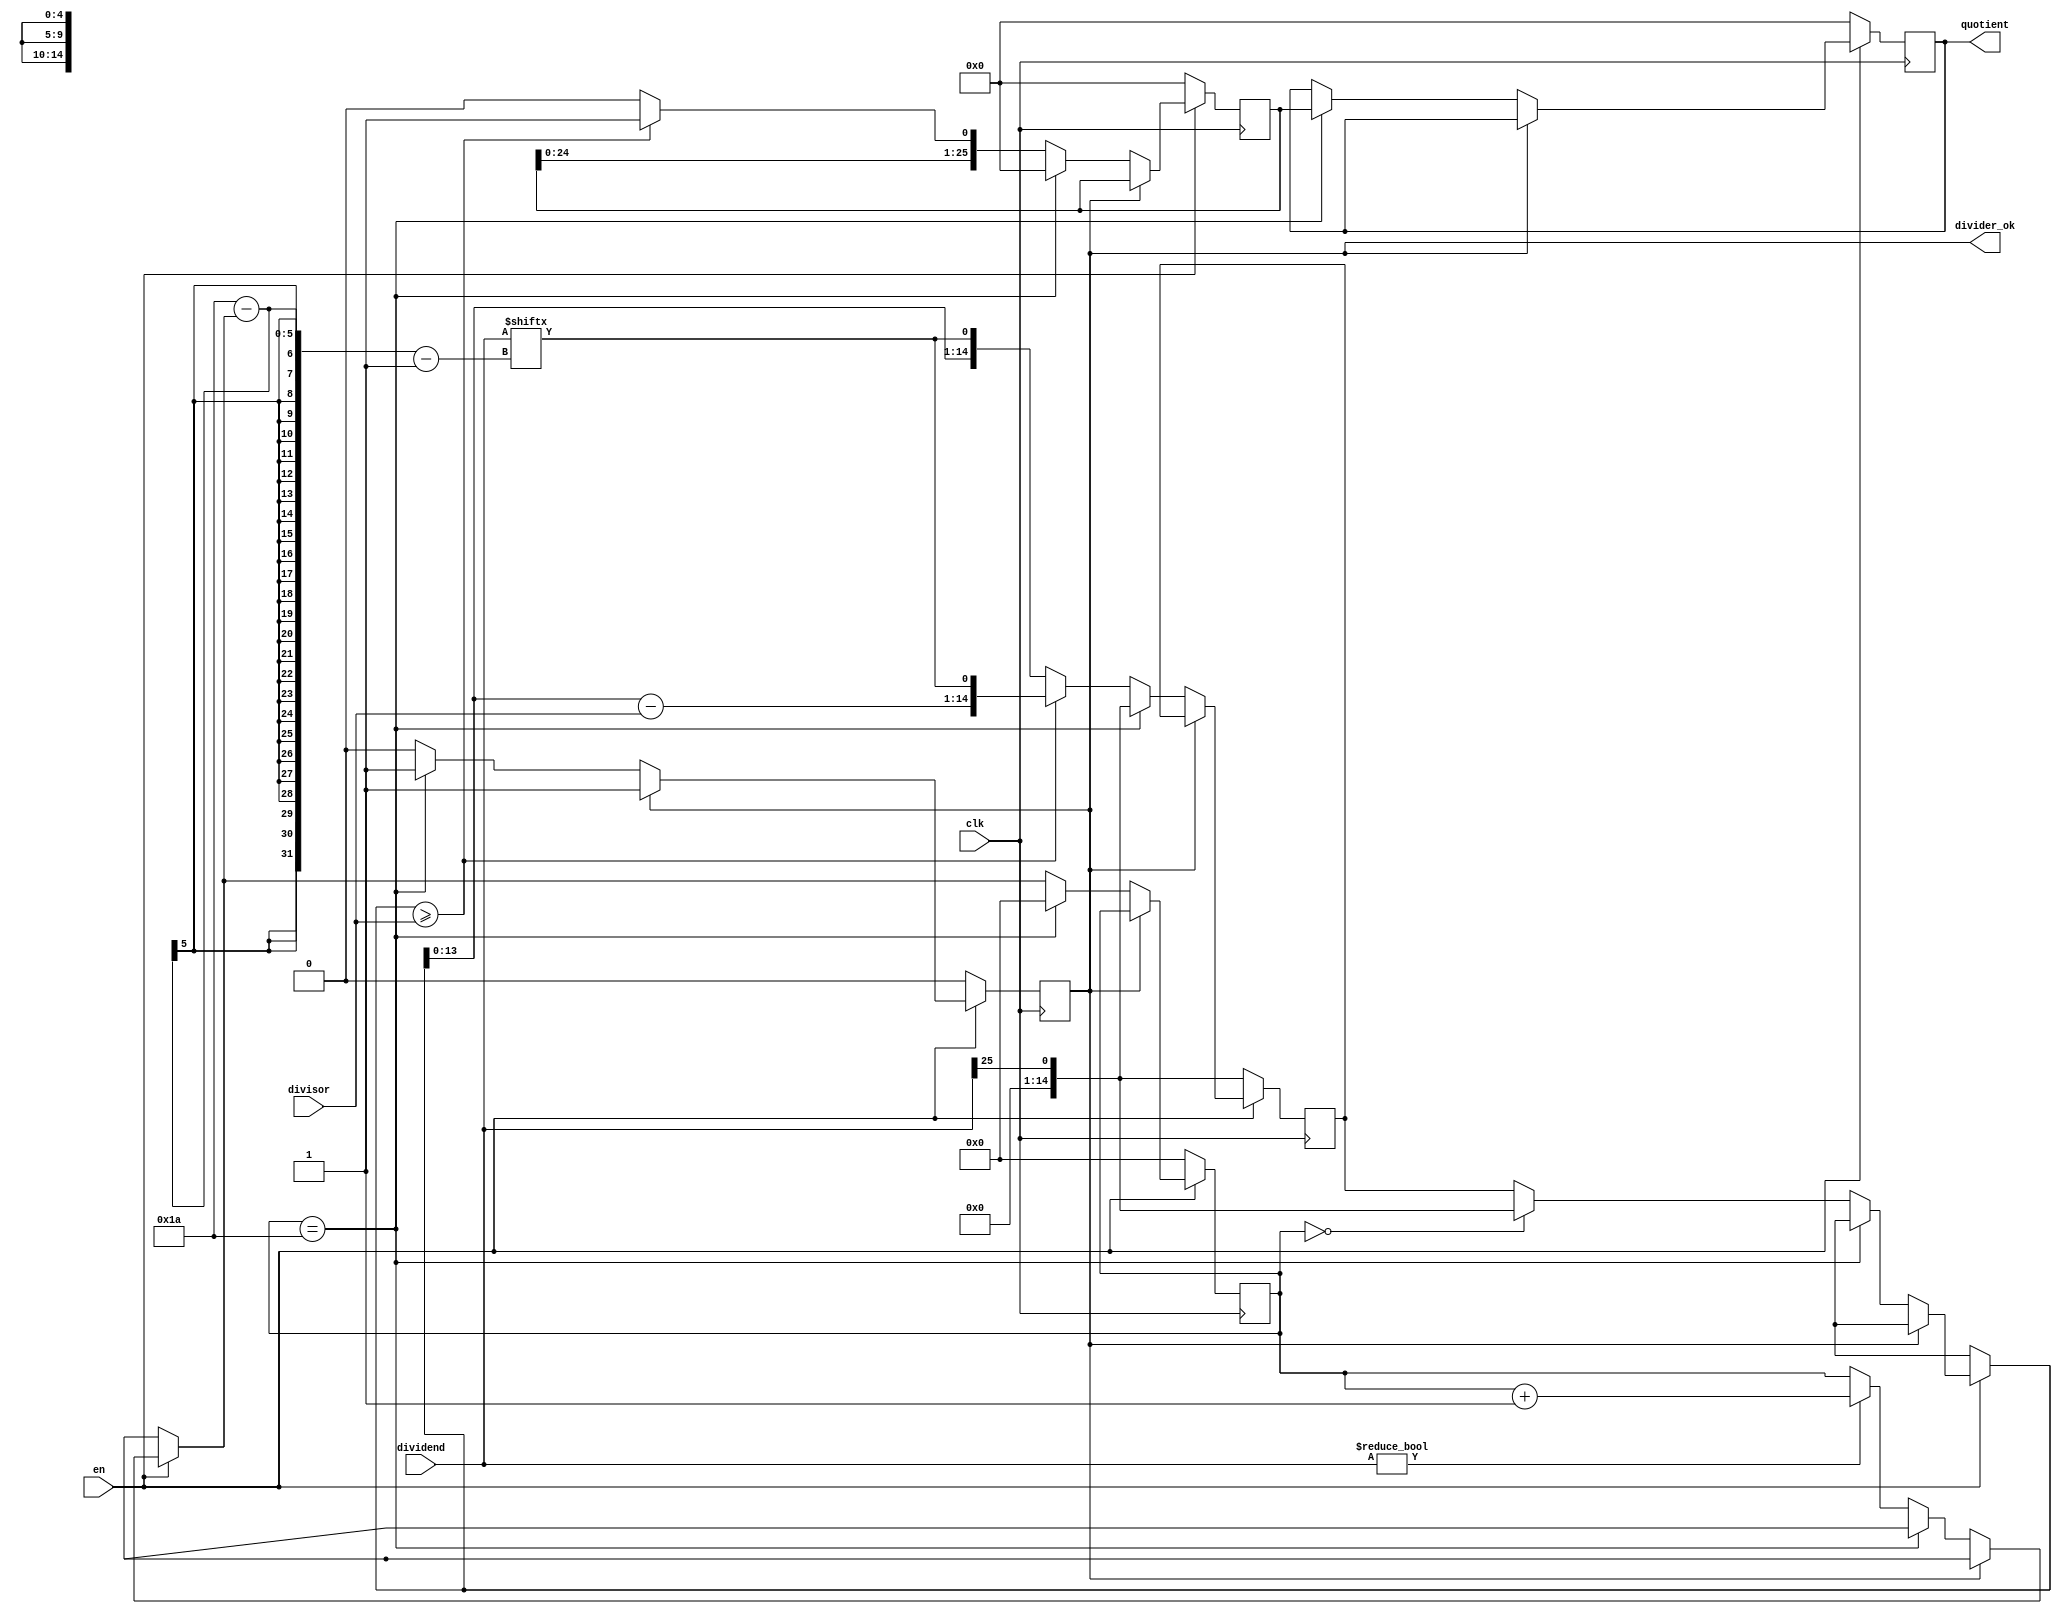
module divider(
    clk,
    en,
    dividend,
    divisor,

    quotient,
    divider_ok
);

parameter M = 26; // bit number of dividend
parameter N = 14; // bit number of divisor

input clk, en;
input [M - 1:0] dividend;
input [N - 1:0] divisor;

output reg [M - 1:0] quotient;
output reg divider_ok;

reg [N:0] dividend_t;
reg [M - 1:0] quotient_t;

reg [4:0] count;

always @(posedge clk) begin
    if (!en) begin
        quotient = 1'b0;
        divider_ok = 1'b0;

        quotient_t = {(M - 1){1'b0}};
        dividend_t = {{N{1'b0}}, dividend[M - 1]};

        count = 0;
    end
    else if(!divider_ok) begin
        if (count == M) begin
            quotient = quotient_t;
            divider_ok = 1'b1;

            quotient_t = {(M - 1){1'b0}};
            dividend_t = {{N{1'b0}}, dividend[M - 1]};

            count = 0;
        end
        else begin
            if (count == 0)
                dividend_t = {{N{1'b0}}, dividend[M - 1]};

            if (dividend)
                count = count + 1;

            if (dividend_t >= {1'b0, divisor}) begin
                quotient_t = {quotient_t[M - 2:0], 1'b1};
                dividend_t = {dividend_t - {1'b0, divisor}, dividend[M - count - 1]};
            end
            else begin
                quotient_t = {quotient_t[M - 2:0], 1'b0};
                dividend_t = {dividend_t[N - 1:0], dividend[M - count - 1]};
            end
        end

        // if(!divider_ok) begin
        //     if (count == M) begin
        //         quotient = quotient_t;
        //         divider_ok = 1'b1;

        //         quotient_t = {(M - 1){1'b0}};
        //         dividend_t = {{N{1'b0}}, dividend[M - 1]};

        //         count = 0;
        //     end
        //     else begin
        //         if (count == 0)
        //             dividend_t = {{N{1'b0}}, dividend[M - 1]};

        //         if (dividend)
        //             count = count + 1;
        //         if (dividend_t >= {1'b0, divisor}) begin
        //             quotient_t = {quotient_t[M - 2:0], 1'b1};
        //             dividend_t = {dividend_t - {1'b0, divisor}, dividend[M - count - 1]};
        //         end
        //         else begin
        //             quotient_t = {quotient_t[M - 2:0], 1'b0};
        //             dividend_t = {dividend_t[N - 1:0], dividend[M - count - 1]};
        //         end
        //     end
        // end
    end
end

endmodule